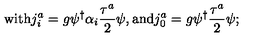
\mathrm { w i t h } j _ { i } ^ { a } = g \psi ^ { \dagger } { \alpha } _ { i } \frac { { \tau } ^ { a } } { 2 } \psi , \mathrm { a n d } j _ { 0 } ^ { a } = g \psi ^ { \dagger } \frac { { \tau } ^ { a } } { 2 } \psi ;